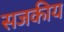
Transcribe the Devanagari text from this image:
सजकीय